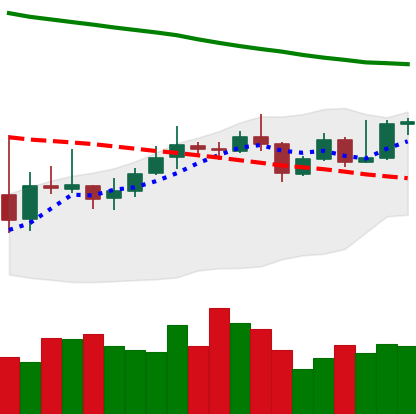
Ticker: XMR-USD
Chart end date: 2019-11-14
Forward return: -10.031%
Label: down_7plus